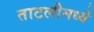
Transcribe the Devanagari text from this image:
ताटलीमध्ये